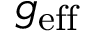
g _ { \mathrm { e f f } }